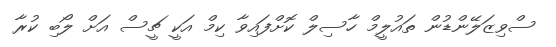
ސްވިޒަލޭންޑުން ތައުލީމް ހާސިލް ކޮށްފައިވާ ކިމް އަކީ ޗީސް އަށް ލޯބި ކުރާ